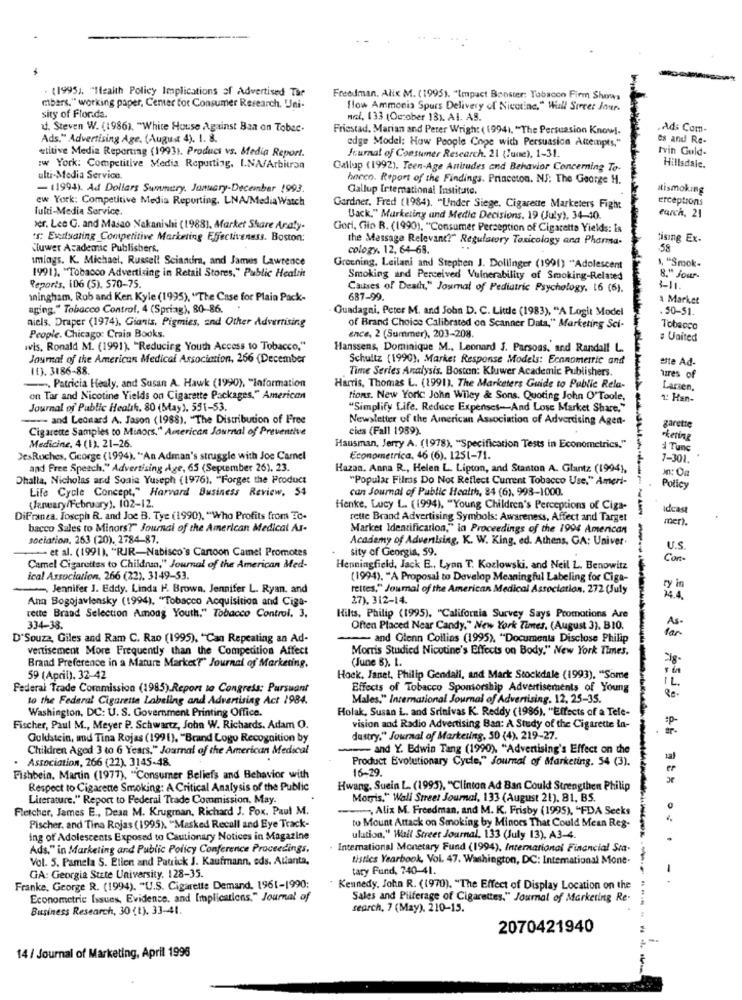
. (1995), "Health Policy Implications of Advertised The
Freedman, Alix M. (1995). "Impact Booster: Tabacco Firm Shows
mbars." working paper, Cemer for Consumer Research. Uni-
How Ammonia Spurs Delivery of Nicotine," Wall Street Jour.
sity of Florida.
nel. 133 (October 13). Al. AS.
1. Steven W. (1986), "White House Against Ban on Tobac-
Friestad. Marian and Peter Wright ( 1994). "The Persuasion Knowl.
.Ad: Com-
Ads." Advertising Age, (August 4). 1. 8.
edge Model: How People Cope with Persuasion Attempts."
es and Re-
«titive Media Reporting (1993). Product vs. Media Report.
tvin Gold-
Journal of Consumer Research, 21 (June), 1-31.
:w York: Competitive Media Reputting, I.NA/Arbitroa
Callup (1992). Teen-Age Aniudes and Behavior Concerning To-
Hillsdale.
ulti-Media Service
hneco. Report of the Findings. Princeton. NS: The George H.
- (1994). Ad Dollars Summary, January-December 1993.
Gallup International Institute.
atismoking
ew York: Competitive Media Reporting. LNA/Media Watch
erceptions
Tulti-Media Service.
Gardner, Fred (1984). "Under Siege, Cigarette Marketers Fight
Back." Marketing and Medie Decisions. 19 (July), 34-40.
earch, 21
ver. Lee G. and Masao Nakanishi (1988), Market Share Analy-
Gori, Gio R. (1990), "Consumer Perception of Cigaretta Yields: is
's: Exitsating Competitive Marketing Effectiveness. Boston:
the Massage Relevant?" Regulatory Toxicology ana Pharma-
tising Ex-
Kluwer Academic Publishers.
cology. 12. 64-68.
58
imlags. K. Michael, Russel! Sciandra, and James Lawrence
1, "Smok-
Greening, Leilani and Stephen J. Dollinger (1991) "Adolescent
1991). "Tobacco Advertising in Retail Stores," Public Health
Smoking and Perceived Vulnerability of Smoking-Related
8." Jour-
Reports, 106 (5). 570-75.
Causes of Death," Journal of Pediatric Psychology, 16 (6).
11.
mingham, Rob and Ken Kyle (1995), "The Case for Plain Pack-
687-99.
a Market
aging." Tobacco Control, 4 (Spriag), 80-86.
Guadagni, Peter M. and John D. C. Little (1983), "A Logit Model
. 50-51.
niels. Draper (1974), Giants, Pigmies, and Other Advertising
of Brand Choice Calibrated on Scanner Data," Marketing Sci-
Tobacco
People. Chicago: Crain Books.
ence, 2 (Summer), 203-208.
# United
wis. Ronald M. (1991). "Reducirg Youth Access to Tobacco."
Hanssens, Dominique M ., Leonard J. Parsons, and Randall L.
Journal of the American Medical Association, 266 (December
Schultz (1990), Market Response Models: Econometric and
ste Ad-
(1). 3186-88.
Time Series Analysis. Boston: Kluwer Academic Publishers.
Tres of
--. Patricia Healy, and Susan A. Hawk (1990), "Information
Harris, Thomas L. (1991). The Marketers Guide to Public Rela-
Larsen,
on Tar and Nicotine Yields on Cigarette Packages," American
tions. New York: John Wiley & Sons. Quoting John O'Toole,
2. Han-
Journal of Public Health, 80 (May), 551-53.
"Simplify Life. Reduce Expenses-And Lose Market Share."
---- and Leonard A. Jason (1988). "The Distribution of Free
Newsletter of the American Association of Advertising Agen-
Cigarette Samples to Minors." American Journal of Preventive
cies (Fall 1989).
garette
-tering
Medicine, 4 (1). 21-26.
Hausman, Jerry A. (1978), "Specification Tests in Econometrics."
Tunc
DesRoches, George (1994). "An Adman's struggle with Joe Camel
Econometrica, 46 (6). 1251-71.
7-301.
and Free Speech." Advertising Age, 65 (September 26), 23.
Hazan. Anna R ., Helen L. Lipton, and Stanton A. Glantz (1994),
Dhalla, Nicholas and Soaia Yuseph (1976). "Forget the Product
"Popular Filmas Do Not Reflect Current Tobacco Use." Ameri-
Mn: Oa
Life Cycle Concept," Harvard Business Review, 54
can Journal of Public Health, 84 (6), 998-1000.
Policy
(January/February), 102-12.
Henke, Lucy L. (1994), "Young Children's Perceptions of Ciga-
idcast
DiFranca. Joseph R. and Joe B. Tye (1990), "Who Profits from To-
rette Brand Advertising Symbols: Awareness, Affect and Target
mer)
bacco Sales to Minors?" Journal of the American Medical As-
Market Identification," in Proceedings of the 1994 American
sociation, 263 (20). 2784-87.
Academy of Advertising, K. W. King, ed. Athens, GA: Univer.
et al. (1991), "RIR-Nabisco's Cartoon Camel Promotes
sity of Georgia, 59.
U.S.
Con-
Camel Cigarettes to Children." Journal of the American Med-
Henningfield, Jack E ., Lyan T. Kozlowski, and Neil L. Benowitz
ical Association, 266 (22). 3149-53.
(1994). "A Proposal to Develop Meaningful Labeling for Ciga-
Jennifer J. Eddy. Linda H. Brown. Jennifer L. Ryan. and
rettes," Journal of the American Medical Association, 272 (July
ry in
Ann Bogojaviensky (1994), "Tobacco Acquisition and Ciga-
27), 312-14.
rette Brand Selection Among Youth." Tobacco Control. 3,
Hilts, Philip (1995). "California Survey Says Promotions Are
334-38.
Often Placed Near Candy." New York Times. (August 3), BIO.
far
As-
D'Souza, Giles and Ram C. Rao (1995), "Can Repeating an Ad-
-- and Glenn Collins (1995), "Documents Disclose Philip
vertisement More Frequently than the Competition Affect
Morris Studied Nicotine's Effects on Body." New York Times.
Brand Preference in a Mature Marked?" Journal of Marketing.
(June B). L.
59 (April). 32-42
Hock, Janet, Philip Gendali, and Mark Stockdale (1993). "Some
Federal Trade Commission (1985) Report to Congress: Pursuant
Effects of Tobacco Sponsorship Advertisements of Young
IL
to the Federal Cigaretta Labeling and Advertising Act 1984.
Males." International Journal of Advertising, 12, 25-35.
Washington, DC: U. S. Government Printing Office.
Holak, Susan L. and Srinivas K. Reddy (1986), "Effects of a Tele-
Fischer, Paul M ., Meyer P. Schwartz, John W. Richards. Adam O.
vision and Radio Advertising Ban: A Study of the Cigarette la-
Guldstein, und Tina Rojas (1991), "Brand Logu Recognition by
dustry." Journal of Marketing, 30 (4). 219-27.
Children Aged 3 to 6 Years," Journal of the American Medical
and Y. Edwin Tang (1990). "Advertising's Effect on the
. Association, 266 (22). 3145-48.
Product Evolutionary Cycle," Journal of Marketing. 54 (3).
16-29.
Fishbein. Martin (1977). "Consumer Beliefs and Behavior with
Respect to Cigarette Smoking: A Critical Analysis of the Public
Hwang, Suein L. (1995), "Clinton Ad Ban Could Strengthen Philip
Literature." Report to Federal Trade Commission, May.
Morris." Wall Street Journal, 133 (August 21). 81, B5.
Fletcher, James E ., Dean M. Krugman, Richard J. Fox. Paul M.
Alix M. Freedman, and M. K. Frisby (1995), "FDA Seeks
Fischer, and Tina Rojas (1995), "Masked Recall and Eye Track-
to Mount Attack on Smoking by Minors That Could Mean Reg-
ing of Adolescents Exposed to Cautionary Notices in Magazine
ulation," Wall Street Journal. 133 (July 13), A3-4.
Ads." in Marketing and Public Policy Conference Proceedings,
International Monetary Fund (1994), International Financial Sta.
Vol. 5. Pamela S. Etien and Patrick J. Kaufmann, eds. Atlanta,
tistles Yearbook, Vol. 47. Washington, DC: International Mone.
tary Fund, 740-41.
-
GA: Georgia State University. 128-35.
Franke, George R. (1994). "U.S. Cigarette Demand. 1961-1990:
Kennedy, John R. (1970). "The Effect of Display Location on the
Econometric Issues, Evidence, and Implications." Journal of
Sales and Pilferage of Cigarettes." Journal of Marketing Re.
Business Research, 30 (1). 33-41.
search, 7 (May). 210-15.
2070421940
14 / Journal of Marketing, April 1996